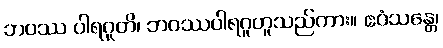
ဘဝဿ ပါရဂူတိ၊ ဘဝဿပါရဂူဟူသည်ကား။ ဧဝံသန္တေ၊